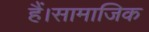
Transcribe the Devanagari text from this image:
हैं।सामाजिक